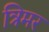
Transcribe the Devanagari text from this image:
त्रिमर